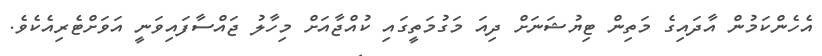
އެހެންކަމުން އާދައިގެ މަތިން ޓިޔުޝަނަށް ދިއަ މަގުމަތީގައި ކުއްޖާއަށް މިހާލު ޖައްސާފައިވަނީ އަވަށްޓެރިއެކެވެ.